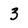
Character: 3